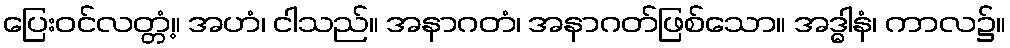
ပြေးဝင်လတ္တံ့။ အဟံ၊ ငါသည်။ အနာဂတံ၊ အနာဂတ်ဖြစ်သော။ အဒ္ဓါနံ၊ ကာလ၌။